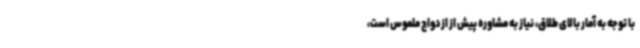
با توجه به آمار بالای طلاق، نیاز به مشاوره پیش از ازدواج ملموس است،